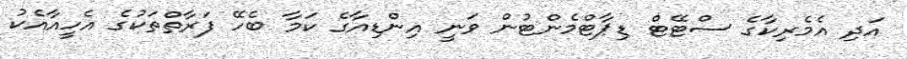
އަދި އެމެރިކާގެ ސްޓޭޓް ޑިޕާޓްމެންޓުން ވަނީ އިންޑިއާގެ ކަމާ ބެހޭ ފަރާތްތަކުގެ އެހީއާއެކު